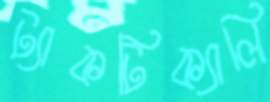
ট্যাকটিক্যালি